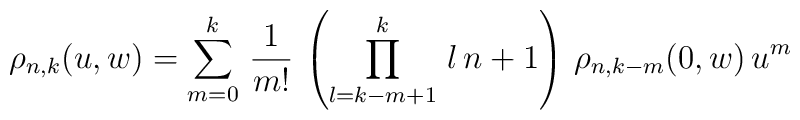
\rho_{n,k}(u,w)=\sum_{m=0}^{k}\,\frac{1}{m!}\,\left(\prod_{l=k-m+1}^{k}\,l\,n+1\right)\,\rho_{n,k-m}(0,w)\,u^{m}